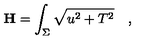
{ \bf H } = \int _ { \Sigma } \sqrt { u ^ { 2 } + T ^ { 2 } } \quad ,